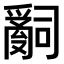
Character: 𤔲